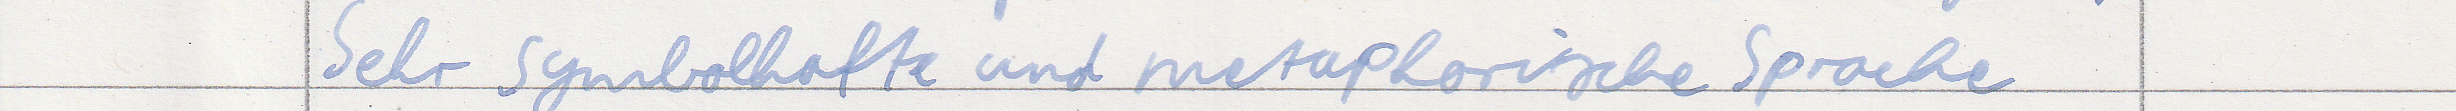
Sehr symbolhafte und metaphorische Sprache